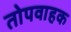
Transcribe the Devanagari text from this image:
तोपवाहक